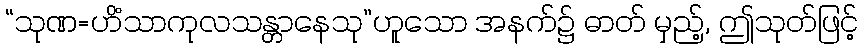
“သုဏ=ဟိံသာကုလသန္တာနေသု”ဟူသော အနက်၌ ဓာတ် မှည့်, ဤသုတ်ဖြင့်